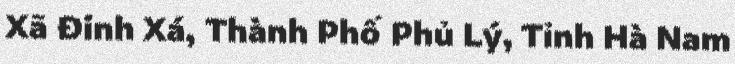
Xã Đinh Xá, Thành Phố Phủ Lý, Tỉnh Hà Nam